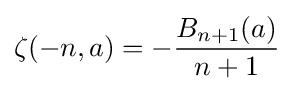
\zeta (-n,a)=-{\frac {B_{n+1}(a)}{n+1}}